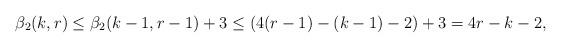
LaTeX: \begin{align*}\beta_2(k,r) \le \beta_2(k-1,r-1)+3 \le (4(r-1)-(k-1)-2)+3 = 4r-k-2,\end{align*}